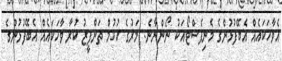
އެވާހަކައެއް އެބޭފުޅުންގެ މެނިފެސްޓޯއަކު ނޯންނާނެ. މަރުގެ ހުކުމް ތަންފީޒު ކުރާ ވާހަކައެއް އެބޭފުޅުންގެ